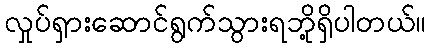
လှုပ်ရှားဆောင်ရွက်သွားရဘို့ရှိပါတယ်။